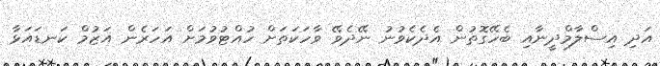
އަދި އިސްލާމްދީނާއި ބެހޭގޮތުން އެދެކެވުނު ނޭދެވޭ ވާހަކަތަށް ހުއްޓުވުމަށް އަހަރެން އަޒުމް ކަނޑައަޅާ